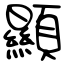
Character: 顯